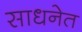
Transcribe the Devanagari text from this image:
साधनेत